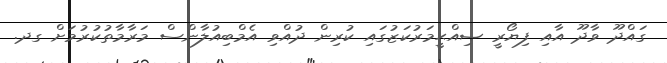
ގައްދޫ ވާދޫ އާއި ފިޔޯރީ ޞިއްޙީމަރުކަޒުގައި ކުރިން ދުއްވި އެމްބިއުލާންސް މަރާމާތުކުރުމަށް ގދ.